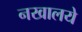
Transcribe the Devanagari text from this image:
नखालये